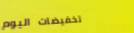
تخفيضات اليوم